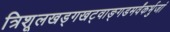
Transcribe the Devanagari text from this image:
त्रिशूलखड्गखट्वाङ्गडमर्वंकर्भुजां